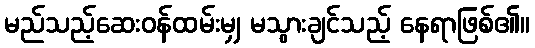
မည်သည့်ဆေးဝန်ထမ်းမျှ မသွားချင်သည့် နေရာဖြစ်၏။